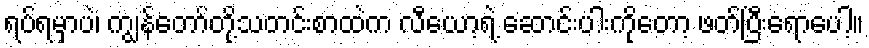
ရပ်ရမှာပဲ၊ ကျွန်တော်တို့သတင်းစာထဲက လီယော့ရဲ့ ဆောင်းပါးကိုတော့ ဖတ်ပြီးရောပေါ့။